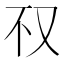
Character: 𰆱